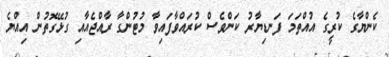
ކެންޔާގެ ކުރީގެ އުއްތަމަ ފަނޑިޔާރު ކަންވެސް ކުރައްވާފައިވާ މުޓުންގާ ރާއްޖެއާއި ގުޅޭގޮތުން އިއްޔެ